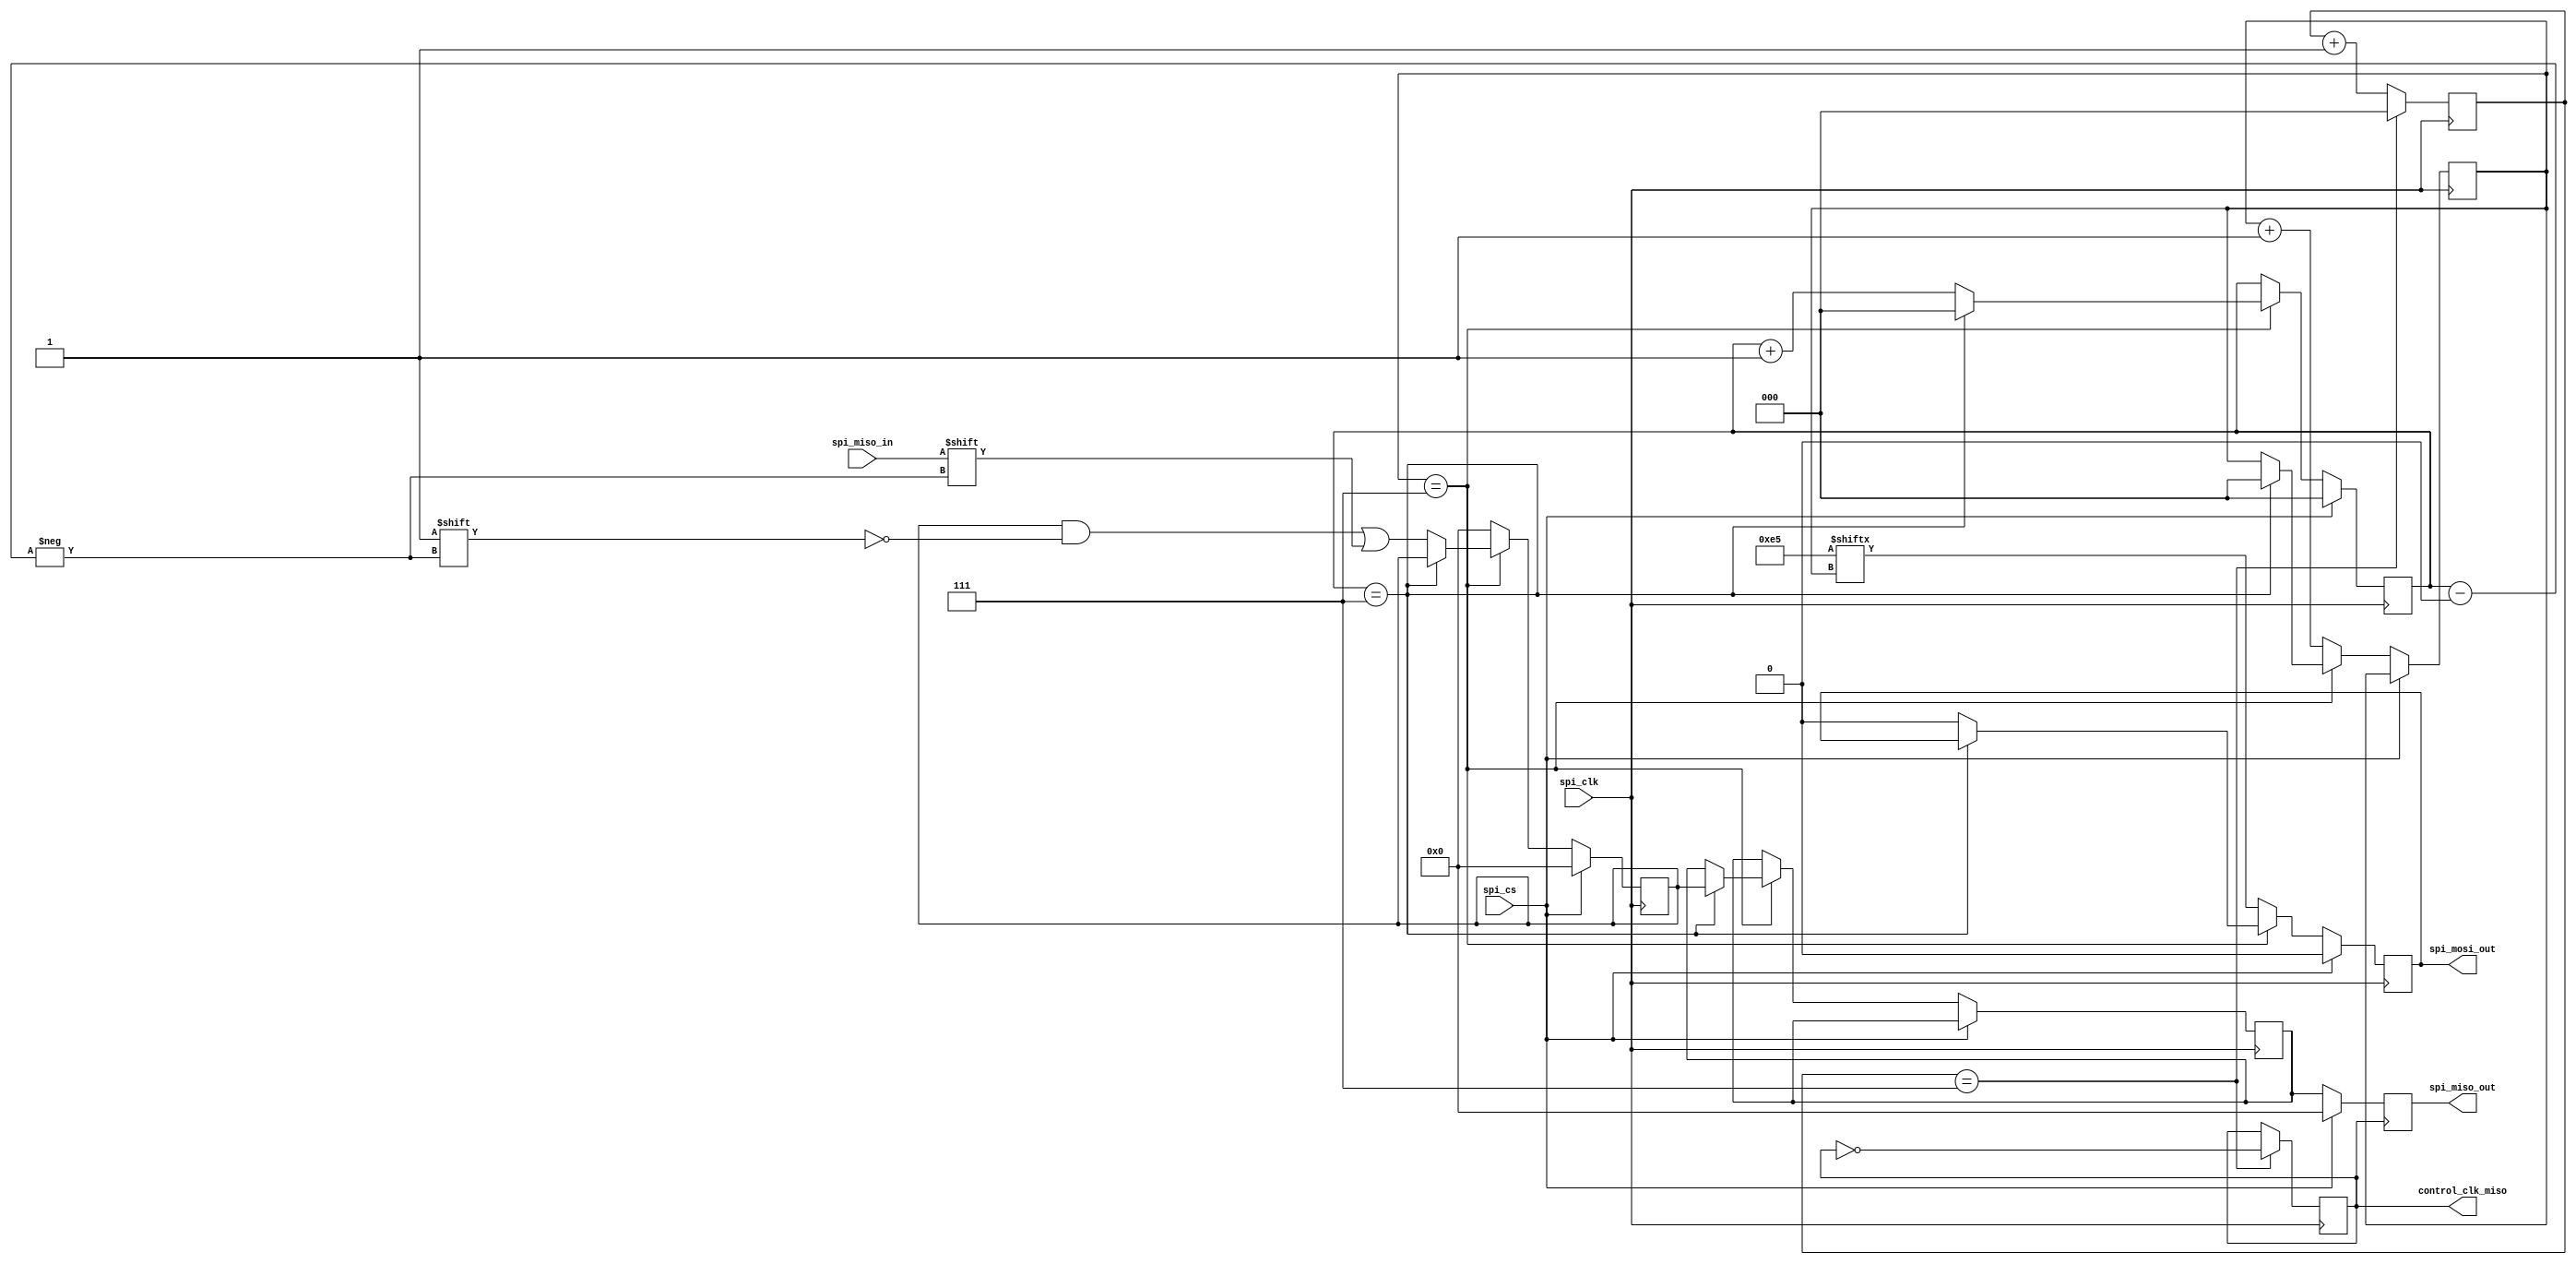
`timescale 1 ns / 1 ps
module spi_miso (control_clk_miso,spi_mosi_out,spi_miso_out,spi_cs,spi_clk,spi_miso_in);

 parameter DSIZE = 8;
output control_clk_miso;
output spi_mosi_out;
 output  [DSIZE-1:0] spi_miso_out;
 input spi_cs;
 input  spi_clk;
input spi_miso_in;

	
reg control_clk_miso;
reg [DSIZE-1:0] spi_miso_out;
reg spi_mosi_out;
reg [DSIZE-1:0] data,final_data,add_byte;
reg[2:0] point,point_add;
      
reg [2:0] control;

	



initial
            begin
              spi_miso_out<=0;
	           point<=3'b000;
		       point_add<=3'b000;
               data<=8'd0;
			   final_data<=8'd0;
               control<=3'b010;
               control_clk_miso<=1'b0;
             
			   add_byte<=10000101; // address byte
 
		                end
	


// create control clock for sending data to asy_fifo_output


always@(posedge spi_clk)


        begin
           if(control==3'd7)
               begin
   		
                        control_clk_miso<=~control_clk_miso;
   		       control<=0;
   
			end
		else
				
                       begin
			control=control+1;
		            end
        end
	


// spi_clk read data bit by bit from slave and keep it in final data

always @(posedge spi_clk)

	 if(spi_cs) 
             begin
           spi_mosi_out<=0;
            point<=0;
           data<= 8'd0;
               
               end

	  else if (!spi_cs )
	   begin
	   if(point_add==3'b111)
	       begin
	          if (point==3'b111)
                   begin      
                    final_data<=data;
                         point<=0;
                     	point_add<=0;
					 
                    end
               else
                   begin
		    data[point]<=spi_miso_in;	
		
             spi_mosi_out<=0;
 $display ("at time %0d data=%b  ", $time, data);
 $display ("at time %0d point=%d  ", $time, point);

                     point<= point+1;

		    end
		
			end
	 else
	 begin
	  spi_mosi_out<=add_byte[point_add];	  /// assign address byte.... adress byte send through mosi
		data<=8'd0;

 $display ("at time %0d spi_mosi_out=%b  ", $time, spi_mosi_out);
 $display ("at time %0d point_add=%d  ", $time, point_add);

                     point_add<= point_add+1;
					 end
	 
		   end 
 // control clock control final data and push it to spi_miso_out

always @(posedge control_clk_miso)


if(spi_cs)
spi_miso_out<=0;
else                
   begin

               
                spi_miso_out<=final_data;
                 
            
          		end	

		

		endmodule